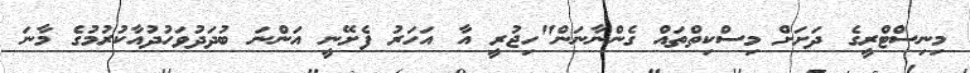
މިނިސްޓްރީގެ ދަށަށް މިސްކިތްތައް ގެންނާނަން"ހިޖުރީ އާ އަހަރު ފެށޭނީ އަންނަ ބުދަދުވަހުދުއާކުރުމުގެ މާނަ